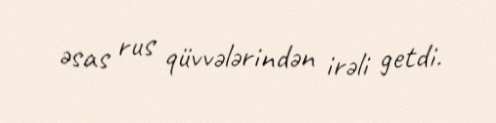
əsas rus qüvvələrindən irəli getdi.